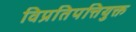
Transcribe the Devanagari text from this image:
विप्रतिपत्तियुक्त